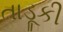
તાડૂકી